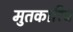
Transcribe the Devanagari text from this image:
मुतकारिब